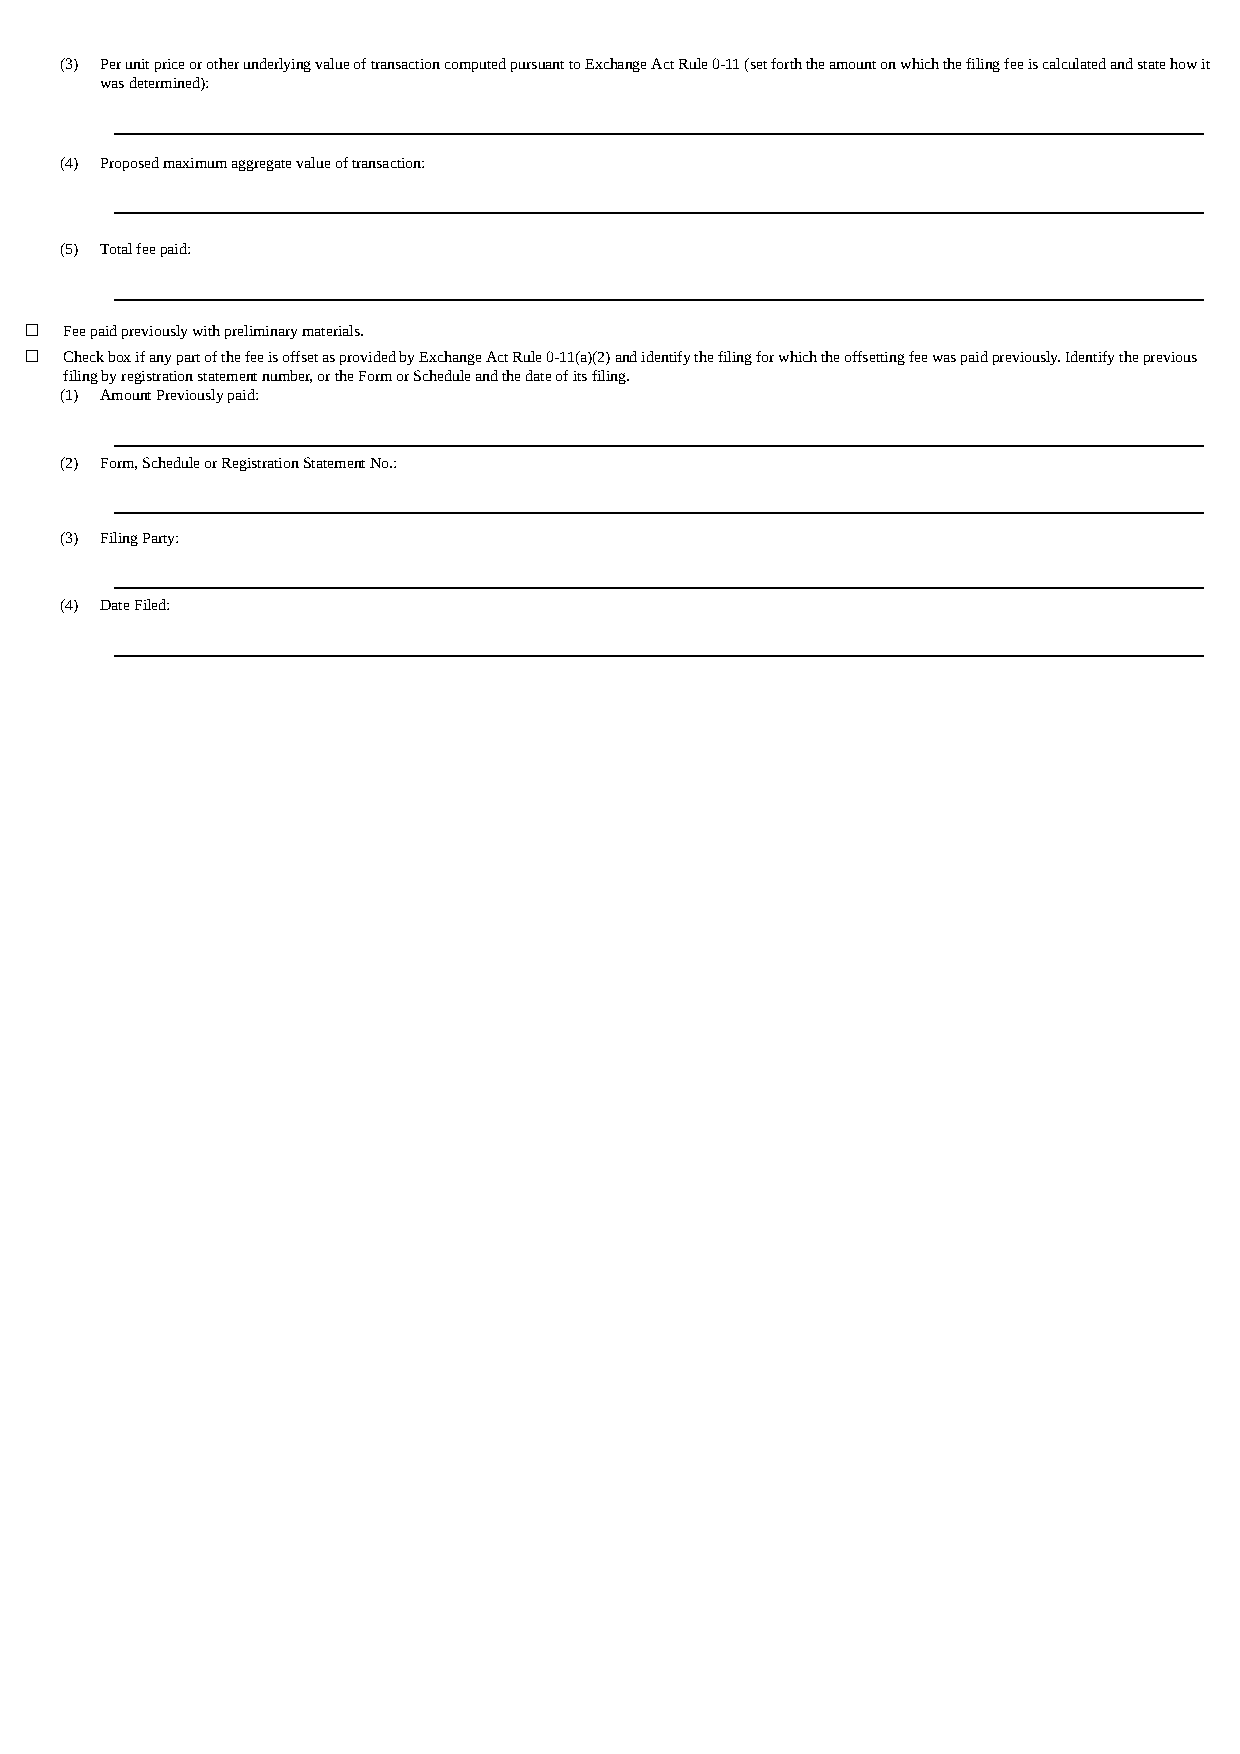
(3) Per unit price or other underlying value of transaction computed pursuant to Exchange Act Rule 0-11 (set forth the amount on which the filing fee is calculated and state how it
 was determined):
 (4) Proposed maximum aggregate value of transaction:
 (5) Total fee paid:
 ☐ Fee paid previously with preliminary materials.
 ☐ Check box if any part of the fee is offset as provided by Exchange Act Rule 0-11(a)(2) and identify the filing for which the offsetting fee was paid previously. Identify the previous
 filing by registration statement number, or the Form or Schedule and the date of its filing.
 (1) Amount Previously paid:
 (2) Form, Schedule or Registration Statement No.:
 (3) Filing Party:
 (4) Date Filed: